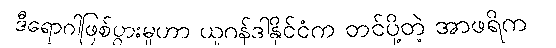
ဒီရောဂါဖြစ်ပွားမှုဟာ ယူဂန်ဒါနိုင်ငံက တင်ပို့တဲ့ အာဖရိက